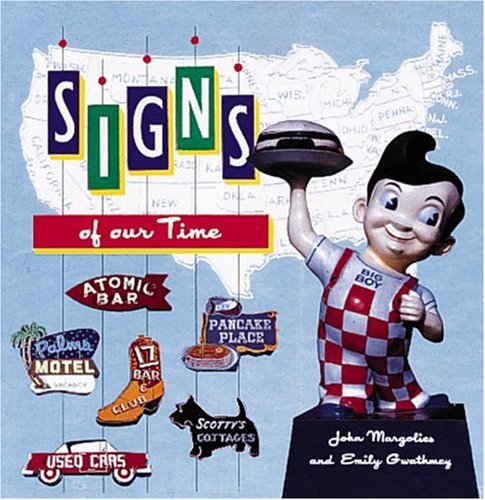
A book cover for Signs of Our Times; John Margolies; Crafts, Hobbies & Home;